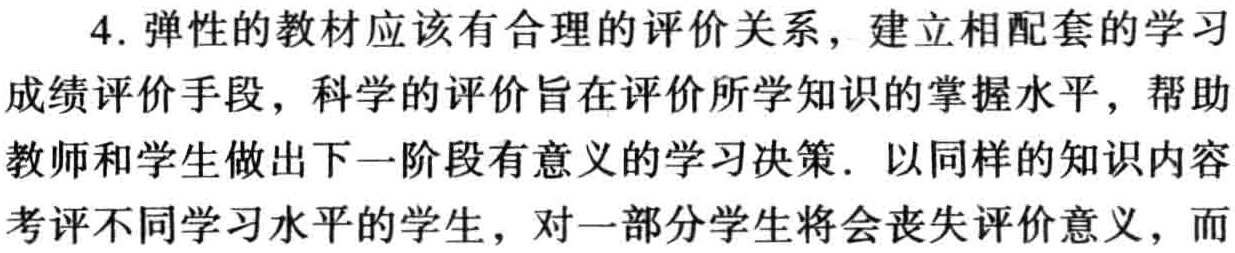
4. 弹性的教材应该有合理的评价关系，建立相配套的学习成绩评价手段，科学的评价旨在评价所学知识的掌握水平，帮助教师和学生做出下一阶段有意义的学习决策. 以同样的知识内容考评不同学习水平的学生，对一部分学生将会丧失评价意义，而